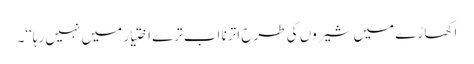
اکھاڑے میں شیروں کی طرح اترنا اب ترے اختیار میں نہیں رہا‘‘۔